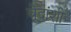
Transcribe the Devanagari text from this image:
वेदांशी